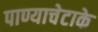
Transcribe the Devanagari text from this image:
पाण्याचेटाके